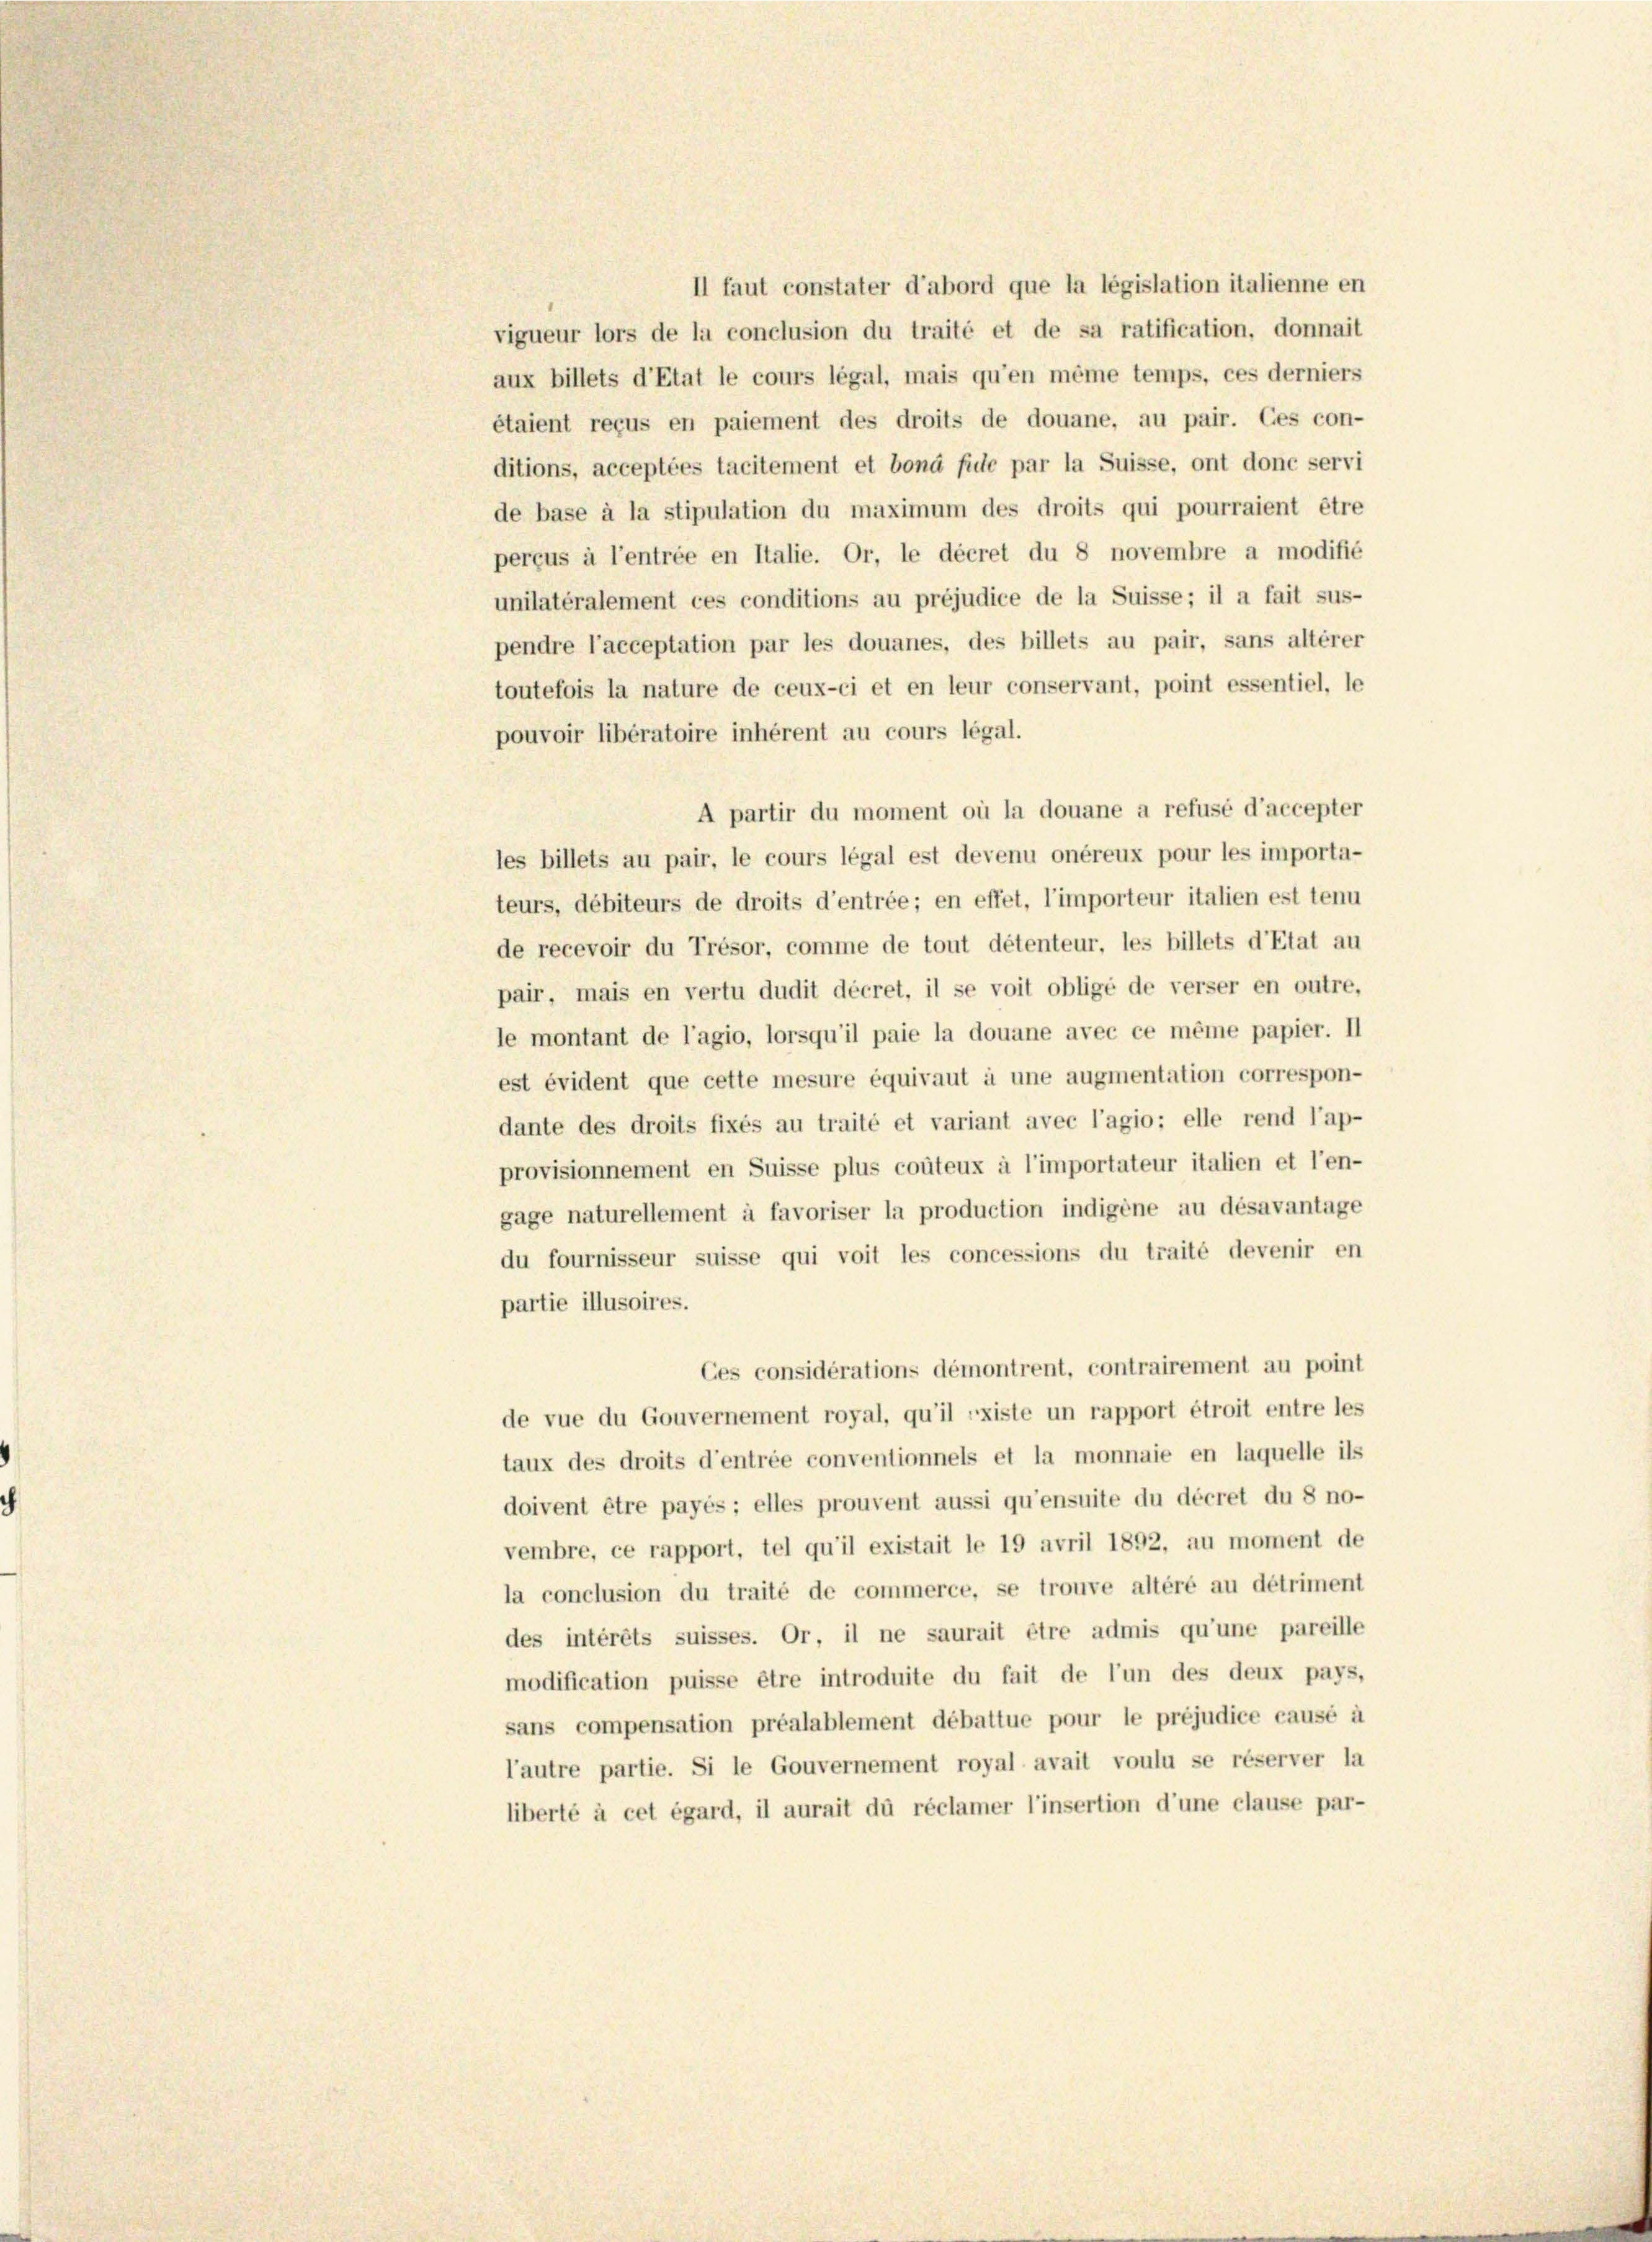
Il faut constater d’abord que la législation italienne en
vigueur lors de la conclusion du traité et de sa ratification, donnait
aux billets d’Etat le cours légal, mais qu’en même temps, ces derniers
étaient reçus en paiement des droits de douane, au pair. Ges con-
ditions, acceptées tacitement et bona fiele par la Suisse, ont donc servi
de base à la stipulation du maximum des droits qui pourraient être
perçus à l’entrée en Italie. Or, le décret du 8 novembre a modifié
unilatéralement ces conditions au préjudice de la Suisse; il a fait sus-
pendre l’acceptation par les douanes, des billets au pair, sans alterer
toutefois la nature de ceux-ci et en leur conservant, point essentiel, le
pouvoir libératoire inhérent au cours légal.
A partir du moment où la douane a refusé d’accepter
les billets au pair, le cours légal est devenu onéreux pour les importa-
teurs, débiteurs de droits d’entrée; en effet, l’importeur italien est tenu
de recevoir du Trésor, comme de tout détenteur, les billets d’Etat au
pair, mais en vertu dudit décret, il se voit obligé de verser en outre,
le montant de l’agio, lorsqu’il paie la douane avec ce même papier. II
est évident que cette mesure équivaut à une augmentation correspon-
dante des droits fixés au traité et variant avec l’agio; elle rend l’ap-
provisionnement en Suisse plus couteux à l’importateur italien et l’en-
gage naturellement à favoriser la production indigene au désavantage
du fournisseur suisse qui voit les concessions du traité devenir en
partie illusoires.
Ces considérations démontrent, contrairement au point
de vue du Gouvernement royal, qu’il existe un rapport étroit entre les
taux des droits d’entrée conventionnels et la monnaie en laquelle ils
doivent être payés; elles prouvent aussi qu’ensuite du décret du 8 no-
vembre, ce rapport, tel qu’il existait le 19 avril 1892, au moment de
la conclusion du traité de commerce, se trouve altéré au détriment
des intérêts suisses. Or, il ne saurait être admis qu’une pareille
modification puisse être introduite du fait de l’un des deux pays,
sans compensation préalablement débattue pour le préjudice causé à
l’autre partie. Si le Gouvernement royal avait voulu se réserver la
liberté à cet égard, il aurait du réclamer l’insertion d’une clause par-